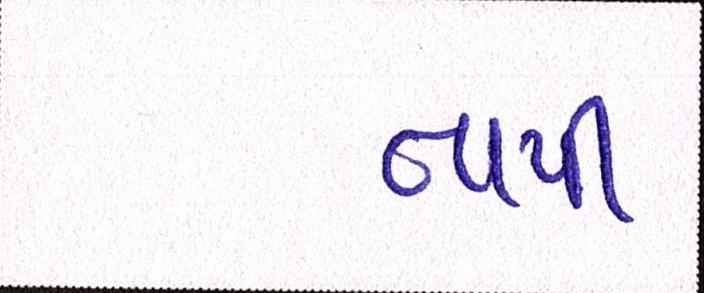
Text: તાપી